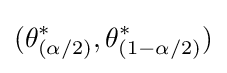
(\theta _{(\alpha /2)}^{*},\theta _{(1-\alpha /2)}^{*})